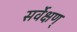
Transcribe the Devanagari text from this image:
सर्वेक्षण्